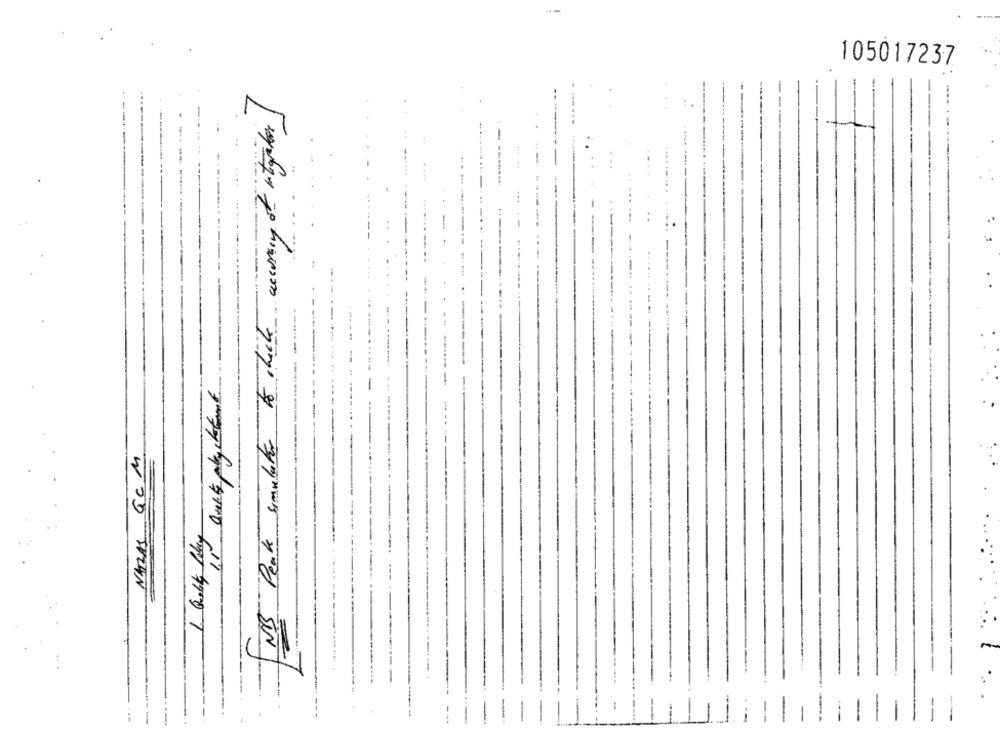
105017237
-
[NB Peak simulator to chache newary of integater
--
......
....
.
NATAS GCM